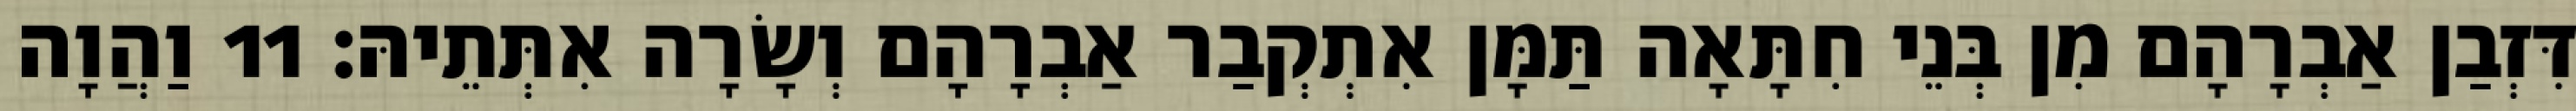
דִּזְבַן אַבְרָהָם מִן בְּנֵי חִתָּאָה תַּמָּן אִתְקְבַר אַבְרָהָם וְשָׂרָה אִתְּתֵיהּ׃ 11 וַהֲוָה